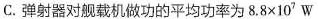
C.弹射器对舰载机做功的平均功率为$$8 . 8 \times 1 0 ^ { 7 }$$W